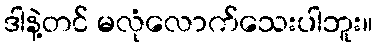
ဒါနဲ့တင် မလုံလောက်သေးပါဘူး။